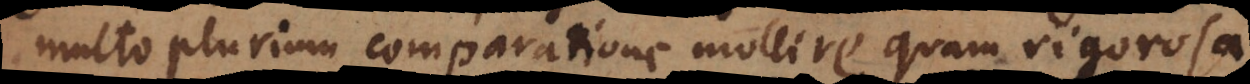
aliarum comparatione mollire quam rigorosa